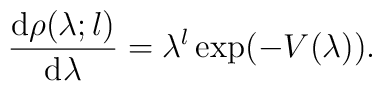
\frac{{\rm d}\rho(\lambda;l)}{{\rm d}\lambda}=\lambda^{l}\exp(-V(\lambda)).